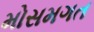
મોસમગત